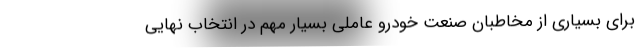
برای بسیاری از مخاطبان صنعت خودرو عاملی بسیار مهم در انتخاب نهایی